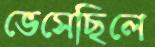
ভেসেছিলে